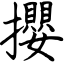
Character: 攖